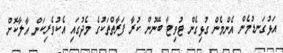
އަޅުގަނޑުމެން އެންމެން ގުޅިގެން ޓުވިޓާ ބޭނުން ކުރާ ފަރާތްތަކުގެ މެދުގައި އެކުވެރިކަން އާލާކޮށް